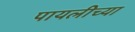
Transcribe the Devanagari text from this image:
पायलीच्या